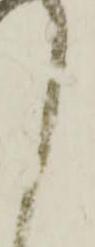
く